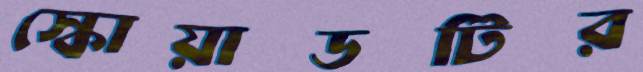
স্কোয়াডটির